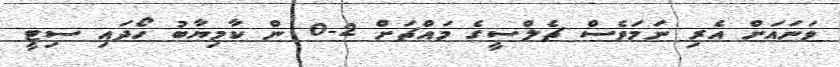
ވަނައަށް އެރި ނަމަވެސް ޗެލްސީގެ މައްޗަށް 2-0 ން ކާމިޔާބު ހޯދައި ސިޓީ